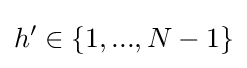
h'\in \left\{1,...,N-1\right\}